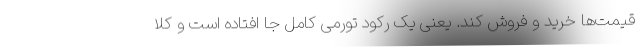
قیمت‌ها خرید و فروش کند. یعنی یک رکود تورمی کامل جا افتاده است و کلا